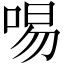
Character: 𠴭